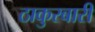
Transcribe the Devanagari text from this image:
ठाकुरबारी